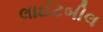
લાઈટબીલ